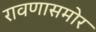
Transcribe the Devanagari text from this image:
रावणासमोर